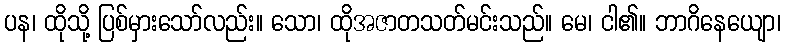
ပန၊ ထိုသို့ ပြစ်မှားသော်လည်း။ သော၊ ထိုအဇာတသတ်မင်းသည်။ မေ၊ ငါ၏။ ဘာဂိနေယျော၊